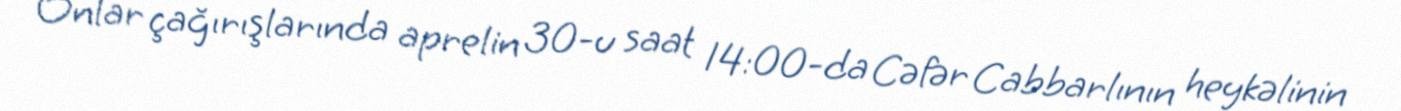
Onlar çağırışlarında aprelin 30-u saat 14:00-da Cəfər Cabbarlının heykəlinin